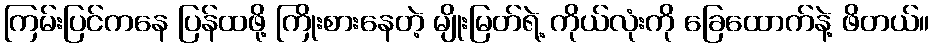
ကြမ်းပြင်ကနေ ပြန်ထဖို့ ကြိုးစားနေတဲ့ မျိုးမြတ်ရဲ့ ကိုယ်လုံးကို ခြေထောက်နဲ့ ဖိတယ်။